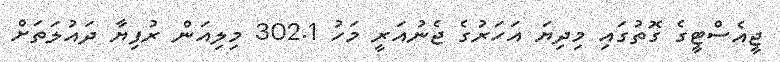
ޖީއެސްޓީގެ ގޮތުގައި މިދިޔަ އަހަރުގެ ޖެނުއަރީ މަހު 302.1 މިލިއަން ރުފިޔާ ދައުލަތަށް